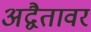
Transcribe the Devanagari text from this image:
अद्वैतावर